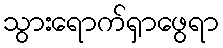
သွားရောက်ရှာဖွေရာ